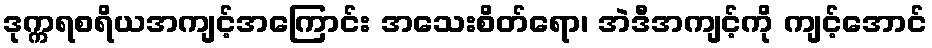
ဒုက္ကရစရိယအကျင့်အကြောင်း အသေးစိတ်ရော၊ အဲဒီအကျင့်ကို ကျင့်အောင်